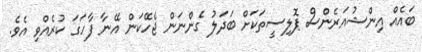
ބައެއް އިންޝުއަރެންސް ޕޮލިސީތަކަށް ބަދަލު ގެންނަން ޖެހޭކަން އޭނާ ފާހަގަ ކުރެއްވި އެވެ.